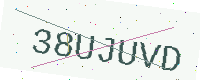
Text: 38UJUVD